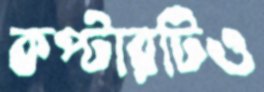
কপ্টারটিও